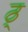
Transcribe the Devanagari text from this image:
ठ्‌